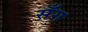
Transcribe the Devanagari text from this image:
सँग